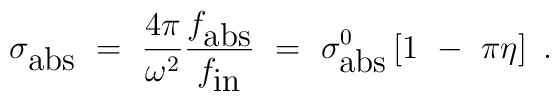
\sigma_{\mbox{abs}}~=~{4 \pi \over \omega^2}{f_{\mbox{abs}} \over f_{\mbox{in}}}~=~ \sigma^0_{\mbox{abs}} \left[ 1~-~\pi \eta \right]~.